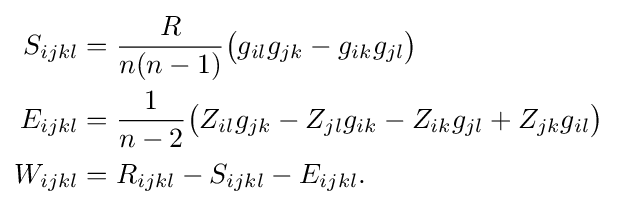
{\begin{aligned}S_{ijkl}&={\frac {R}{n(n-1)}}{\big (}g_{il}g_{jk}-g_{ik}g_{jl}{\big )}\\E_{ijkl}&={\frac {1}{n-2}}{\big (}Z_{il}g_{jk}-Z_{jl}g_{ik}-Z_{ik}g_{jl}+Z_{jk}g_{il}{\big )}\\W_{ijkl}&=R_{ijkl}-S_{ijkl}-E_{ijkl}.\end{aligned}}